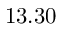
1 3 . 3 0